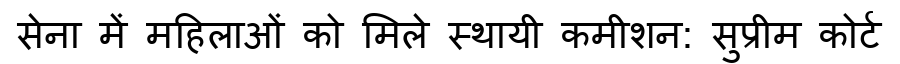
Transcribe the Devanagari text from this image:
सेना में महिलाओं को मिले स्थायी कमीशन: सुप्रीम कोर्ट